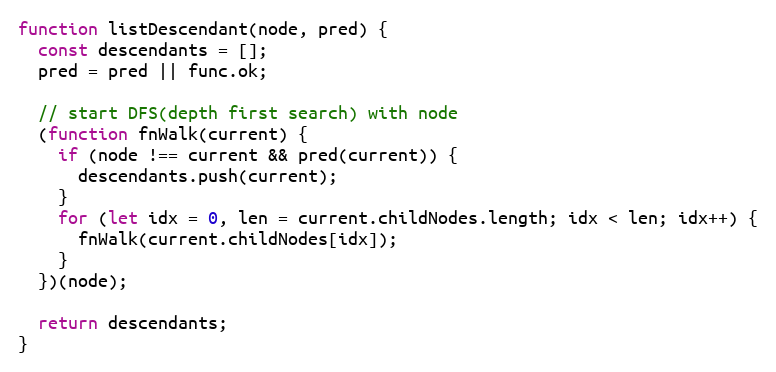
Language: JavaScript
function listDescendant(node, pred) {
  const descendants = [];
  pred = pred || func.ok;

  // start DFS(depth first search) with node
  (function fnWalk(current) {
    if (node !== current && pred(current)) {
      descendants.push(current);
    }
    for (let idx = 0, len = current.childNodes.length; idx < len; idx++) {
      fnWalk(current.childNodes[idx]);
    }
  })(node);

  return descendants;
}